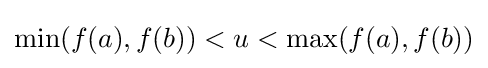
\min(f(a),f(b))<u<\max(f(a),f(b))